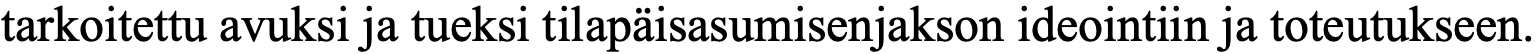
tarkoitettu avuksi ja tueksi tilapäisasumisenjakson ideointiin ja toteutukseen.